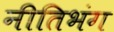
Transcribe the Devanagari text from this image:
नीतिभंग